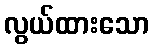
လွယ်ထားသော